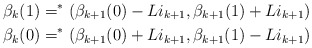
\begin{align*}\beta_k(1) = ^*(\beta_{k+1}(0)-Li_{k+1},\beta_{k+1}(1)+Li_{k+1}) \\\beta_k(0) = ^*(\beta_{k+1}(0)+Li_{k+1},\beta_{k+1}(1)-Li_{k+1})\end{align*}